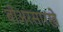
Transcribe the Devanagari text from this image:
बीअरसारखे